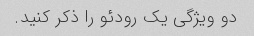
دو ویژگی یک رودئو را ذکر کنید.